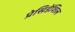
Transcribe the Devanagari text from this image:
प्रेसिडेंशिल